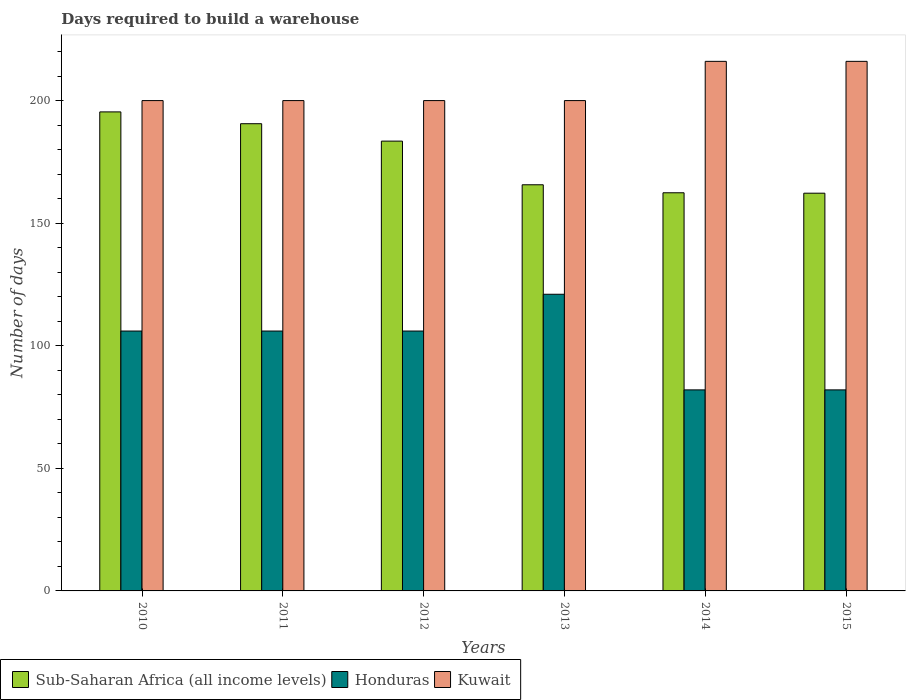
| Years | Sub-Saharan Africa (all income levels) | Honduras | Kuwait |
 | --- | --- | --- | --- |
 | 2010 | 195 | 106 | 200 |
 | 2011 | 191 | 106 | 200 |
 | 2012 | 183 | 106 | 200 |
 | 2013 | 166 | 121 | 200 |
 | 2014 | 162 | 82 | 216 |
 | 2015 | 162 | 82 | 216 |